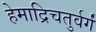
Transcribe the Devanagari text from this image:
हेमाद्रिचतुर्वर्गं